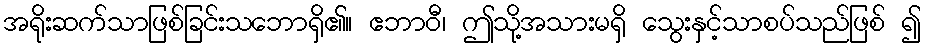
အရိုးဆက်သာဖြစ်ခြင်းသဘောရှိ၏။ ဧဘာဝီ၊ ဤသို့အသားမရှိ သွေးနှင့်သာစပ်သည်ဖြစ် ၍